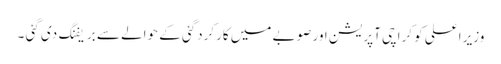
وزیر اعلی کو کراچی آپریشن اور صوبے میں کارکردگئی کے حوالے سے بریفنگ دی گئی ۔